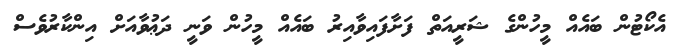
އެކޯޓުން ބައެއް މީހުންގެ ޝަރީއަތް ފަށާފައިވާއިރު ބައެއް މީހުން ވަނީ ދަޢުވާއަށް އިންކާރުވެސް